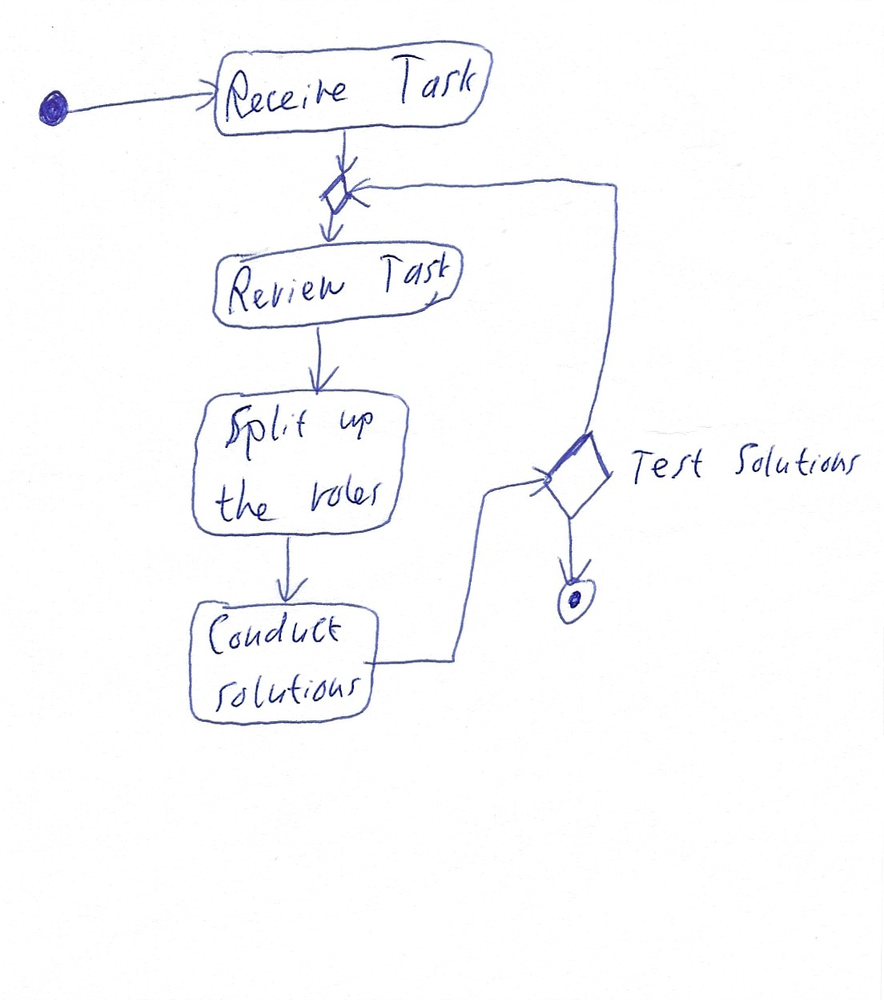
Diagram type: activity_diagram
```plantuml
@startuml

start

:Receive Task;

repeat
  :Review Task;
  :Split up the roles;
  :Conduct solutions;
repeat while (Test Solutions)

stop

@enduml
```